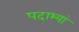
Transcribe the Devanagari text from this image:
पदाभ्यां